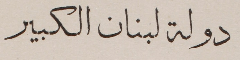
دولة لبنان الكبير